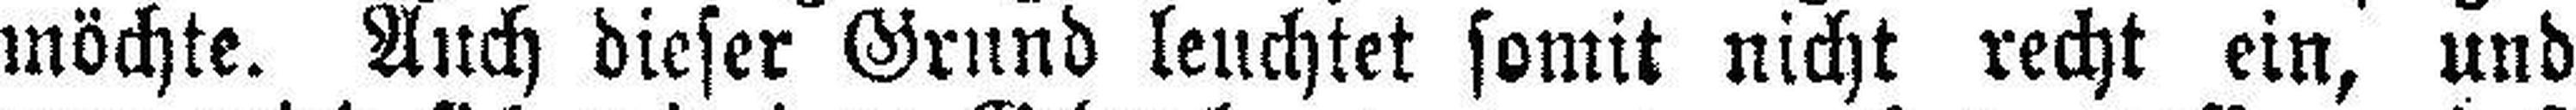
möchte. Auch dieser Grund leuchtet somit nicht recht ein, und